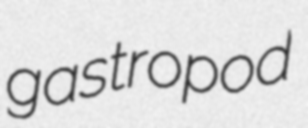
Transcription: gastropod